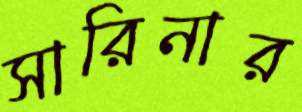
সারিনার